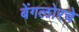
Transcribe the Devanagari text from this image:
बेंगलोरचे